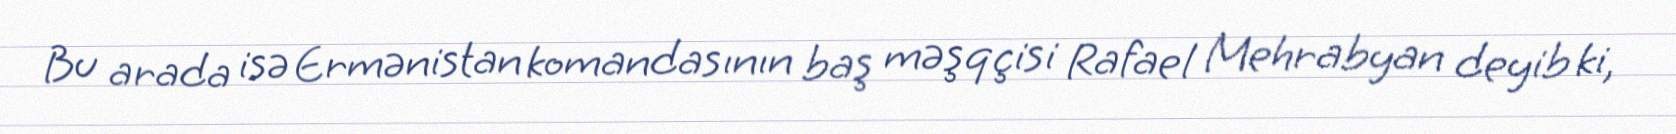
Bu arada isə Ermənistan komandasının baş məşqçisi Rafael Mehrabyan deyib ki,